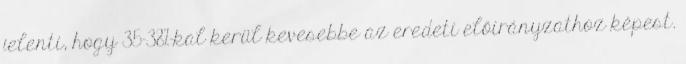
jelenti, hogy 35-38%-kal kerül kevesebbe az eredeti előirányzathoz képest.